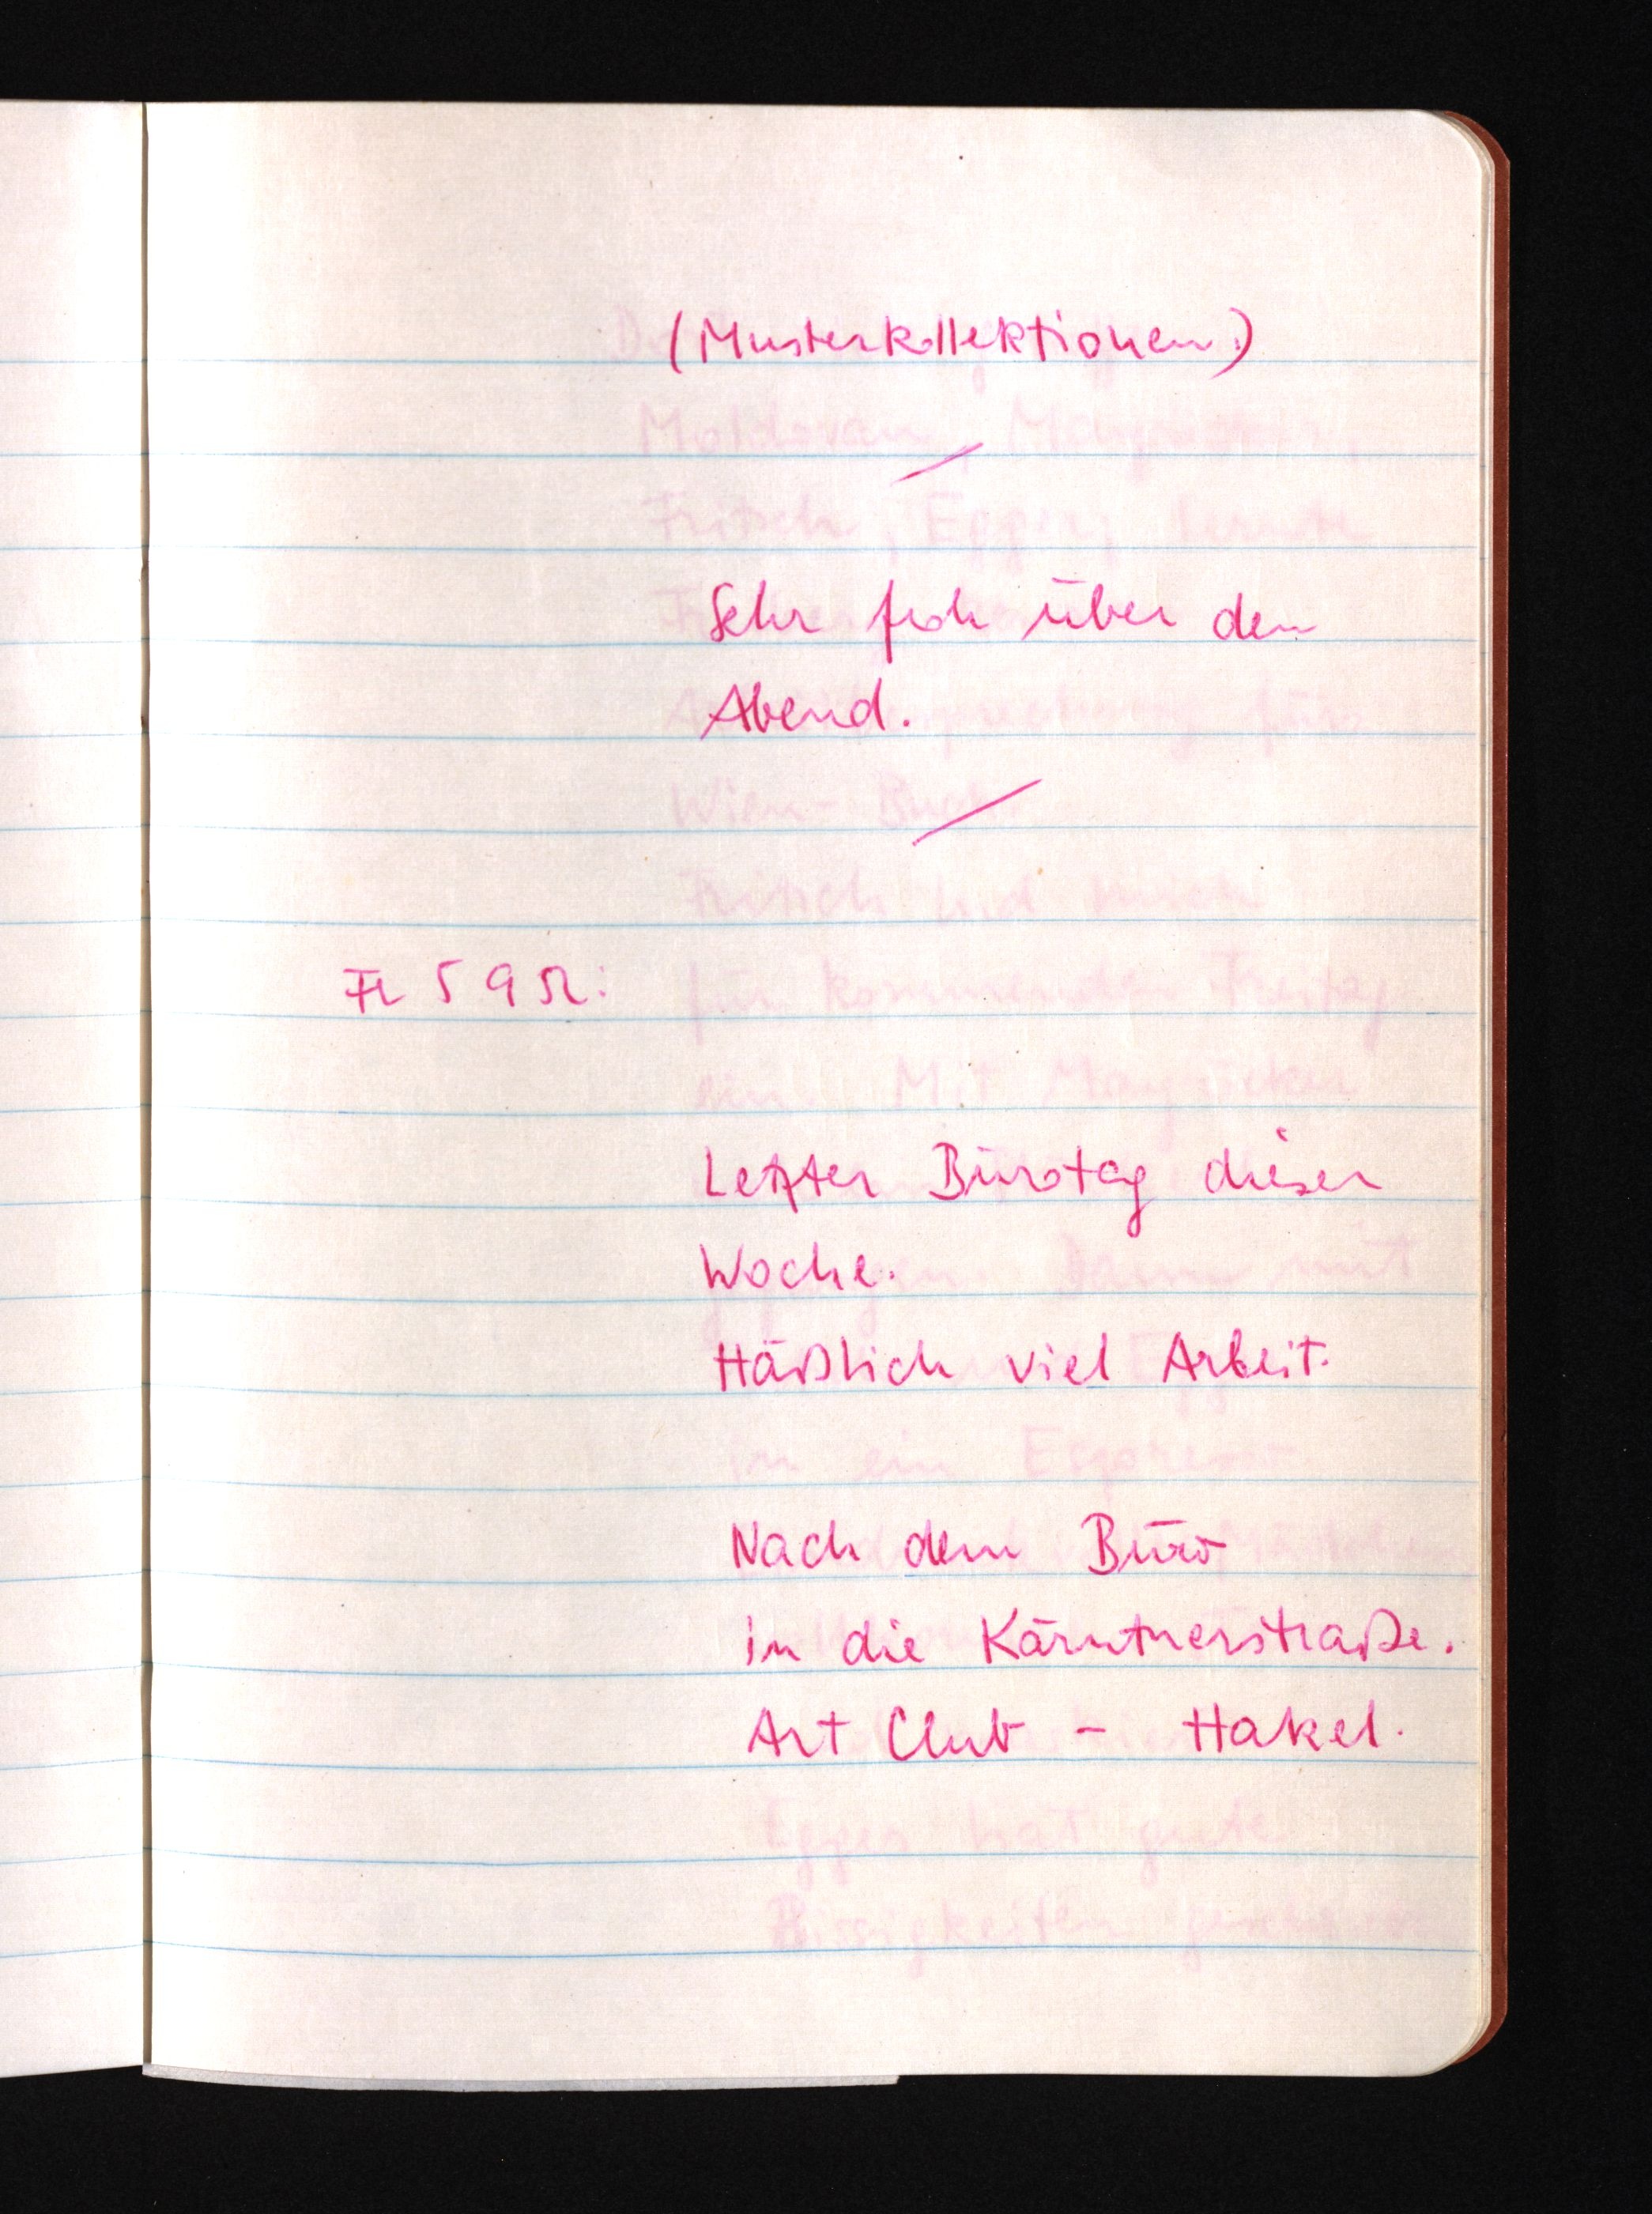
(Musterkollektionen.)
Sehr froh über den
Abend.
Fr 5 9 52:
Letzter Bürotag dieser
Woche.
Häßlich viel Arbeit.
Nach dem Büro
in die Kärntnerstraße.
Art Club - Hakel.